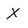
Character: X